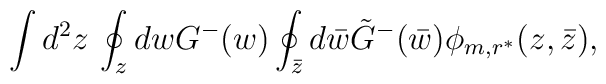
\int d^2z \, \oint_z dw G^-(w) \oint_{\bar{z}} d\bar{w} \tilde{G}^-(\bar{w}) \phi_{m,r^*}(z,\bar{z}),